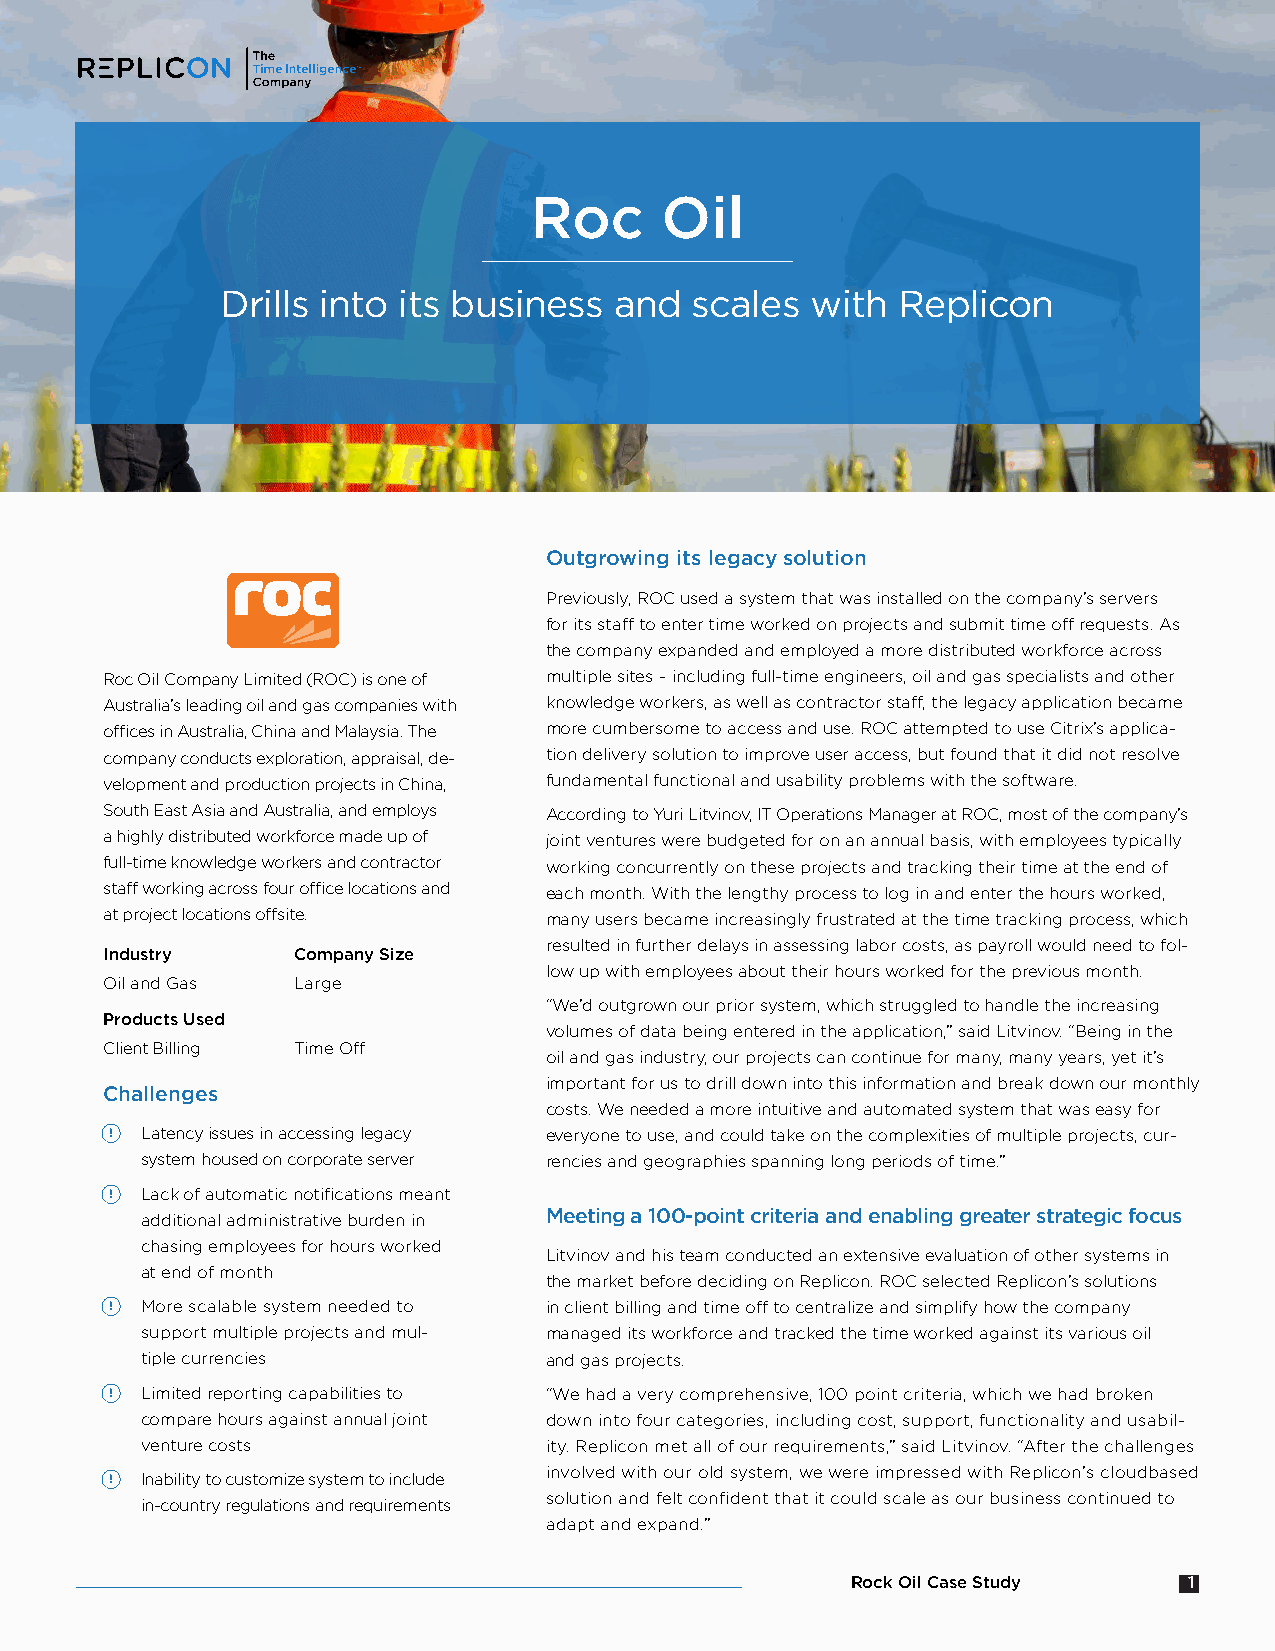
Roc      Oil
 Drills into its business  and  scales  with Replicon
 Outgrowing its legacy solution
 Previously, ROC used a system that was installed on the company’s servers
 for its staff to enter time worked on projects and submit time off requests. As
 the company expanded and employed a more distributed workforce across
 Roc Oil Company Limited (ROC) is one of multiple sites – including full-time engineers, oil and gas specialists and other
 Australia’s leading oil and gas companies with knowledge workers, as well as contractor staff, the legacy application became
 offices in Australia, China and Malaysia. The more cumbersome to access and use. ROC attempted to use Citrix’s applica-
 company conducts exploration, appraisal, de- tion delivery solution to improve user access, but found that it did not resolve
 velopment and production projects in China, fundamental functional and usability problems with the software.
 South East Asia and Australia, and employs According to Yuri Litvinov, IT Operations Manager at ROC, most of the company’s
 a highly distributed workforce made up of joint ventures were budgeted for on an annual basis, with employees typically
 full-time knowledge workers and contractor working concurrently on these projects and tracking their time at the end of
 staff working across four office locations and each month. With the lengthy process to log in and enter the hours worked,
 at project locations offsite. many users became increasingly frustrated at the time tracking process, which
 resulted in further delays in assessing labor costs, as payroll would need to fol-
 Industry    Company Size
 low up with employees about their hours worked for the previous month.
 Oil and Gas Large
 “We’d outgrown our prior system, which struggled to handle the increasing
 Products Used
 volumes of data being entered in the application,” said Litvinov. “Being in the
 Client Billing Time Off
 oil and gas industry, our projects can continue for many, many years, yet it’s
 important for us to drill down into this information and break down our monthly
 Challenges
 costs. We needed a more intuitive and automated system that was easy for
 • Latency issues in accessing legacy everyone to use, and could take on the complexities of multiple projects, cur-
 system housed on corporate server rencies and geographies spanning long periods of time.”
 • Lack of automatic notifications meant
 additional administrative burden in Meeting a 100-point criteria and enabling greater strategic focus
 chasing employees for hours worked
 Litvinov and his team conducted an extensive evaluation of other systems in
 at end of month
 the market before deciding on Replicon. ROC selected Replicon’s solutions
 • More scalable system needed to in client billing and time off to centralize and simplify how the company
 support multiple projects and mul- managed its workforce and tracked the time worked against its various oil
 tiple currencies           and gas projects.
 • Limited reporting capabilities to “We had a very comprehensive, 100 point criteria, which we had broken
 compare hours against annual joint down into four categories, including cost, support, functionality and usabil-
 venture costs              ity. Replicon met all of our requirements,” said Litvinov. “After the challenges
 involved with our old system, we were impressed with Replicon’s cloudbased
 • Inability to customize system to include
 solution and felt confident that it could scale as our business continued to
 in-country regulations and requirements
 adapt and expand.”
 Rock Oil Case Study    1